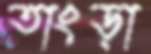
তাংড়া